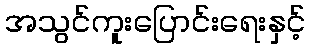
အသွင်ကူးပြောင်းရေးနှင့်